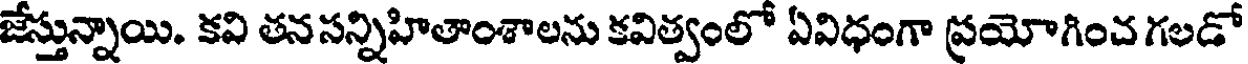
జేస్తున్నాయి. కవి తనసన్నిహితాంశాలను కవిత్వంలో ఏవిధంగా ప్రయోగించ గలడో